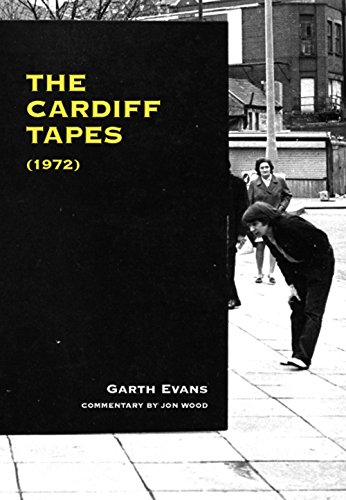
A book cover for The Cardiff Tapes (1972); Garth Evans; Arts & Photography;